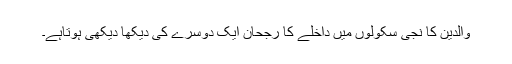
والدین کا نجی سکولوں میں داخلے کا رجحان ایک دوسرے کی دیکھا دیکھی ہوتاہے۔